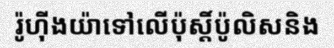
រ៉ូហ៊ីងយ៉ាទៅលើប៉ុស្តិ៍ប៉ូលិសនិង